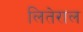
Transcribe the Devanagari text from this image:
लितेराल